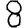
Digit: 8